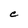
Character: C